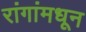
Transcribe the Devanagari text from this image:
रांगांमधून